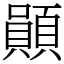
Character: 䫟